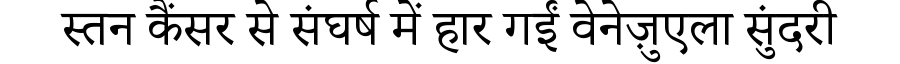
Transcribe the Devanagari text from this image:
स्तन कैंसर से संघर्ष में हार गईं वेनेज़ुएला सुंदरी